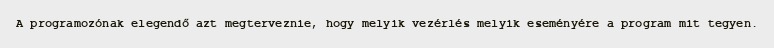
A programozónak elegendő azt megterveznie, hogy melyik vezérlés melyik eseményére a program mit tegyen.